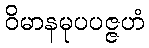
ဝိမာနမုပပဇ္ဇဟံ